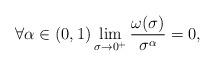
LaTeX: \begin{align*}\forall\alpha\in(0,1)\lim_{\sigma\to 0^{+}}\frac{\omega(\sigma)}{\sigma^{\alpha}}=0,\end{align*}